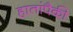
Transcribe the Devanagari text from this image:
हातांपैकी